Cholera in southern India
Disease focus: Cholera
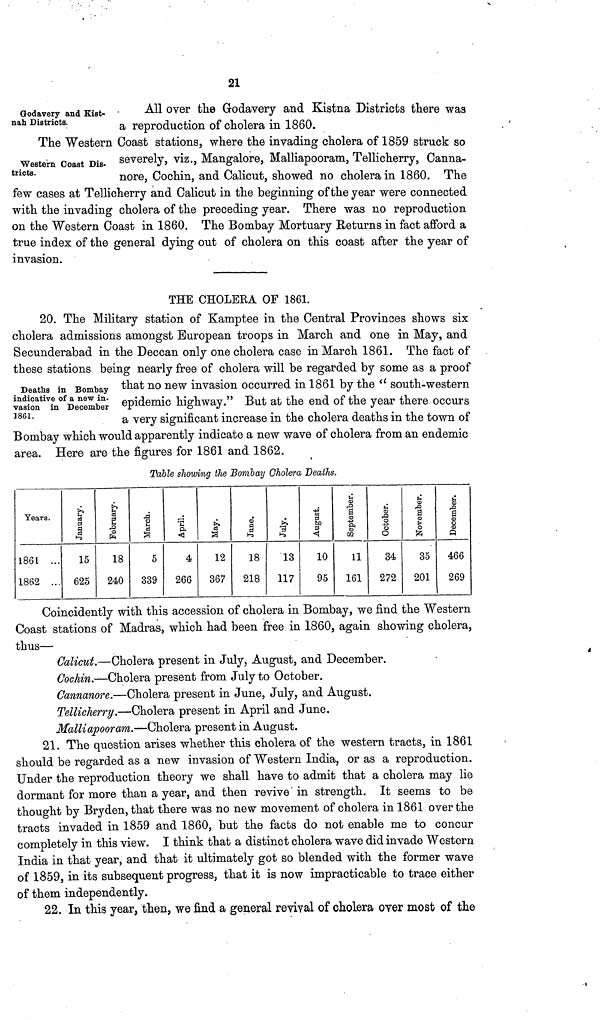
21
Godavery and Kist-
nah Districts.
All over the Godavery and Kistna Districts there was
a reproduction of cholera in 1860.
Western Coast Dis-
tricts.
The Western Coast stations, where the invading cholera of 1859 struck so
severely, viz., Mangalore, Malliapooram, Tellicherry, Canna-
nore, Cochin, and Calicut, showed no cholera in 1860. The
few cases at Tellicherry and Calicut in the beginning of the year were connected
with the invading cholera of the preceding year. There was no reproduction
on the Western Coast in 1860. The Bombay Mortuary Returns in fact afford a
true index of the general dying out of cholera on this coast after the year of
invasion.
THE CHOLERA OF 1861.
Deaths in Bombay
indicative of a new in-
vasion in December
1861.
20. The Military station of Kamptee in the Central Provinces shows six
cholera admissions amongst European troops in March and one in May, and
Secunderabad in the Deccan only one cholera case in March 1861. The fact of
these stations being nearly free of cholera will be regarded by some as a proof
that no new invasion occurred in 1861 by the " south-western
epidemic highway." But at the end of the year there occurs
a very significant increase in the cholera deaths in the town of
Bombay which would apparently indicate a new wave of cholera from an endemic
area. Here are the figures for 1861 and 1862.
Table shouting the Bombay Cholera Deaths.
Years.
1861 ...
1862 ...
January.
15
625
February.
18
240
March.
5
339
April.
4
266
May.
12
367
June.
18
218
July.
13
117
August.
10
95
September.
11
161
October.
34
272
November.
35
201
December.
466
269
Coincidently with this accession of cholera in Bombay, we find the Western
Coast stations of Madras, which had been free in 1860, again showing cholera,
thus—
Calicut.—Cholera present in July, August, and December.
Cochin.—Cholera present from July to October.
Cannanore.—Cholera present in June, July, and August.
Tellicherry.—Cholera present in April and June.
Malliapooram.—Cholera present in August.
21. The question arises whether this cholera of the western tracts, in 1861
should be regarded as a new invasion of Western India, or as a reproduction.
Under the reproduction theory we shall have to admit that a cholera may lie
dormant for more than a year, and then revive in strength. It seems to be
thought by Bryden, that there was no new movement of cholera in 1861 over the
tracts invaded in 1859 and 1860, but the facts do not enable me to concur
completely in this view. I think that a distinct cholera wave did invade Western
India in that year, and that it ultimately got so blended with the former wave
of 1859, in its subsequent progress, that it is now impracticable to trace either
of them independently.
22. In this year, then, we find a general revival of cholera over most of the